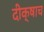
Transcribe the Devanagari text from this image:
दीक्षाच